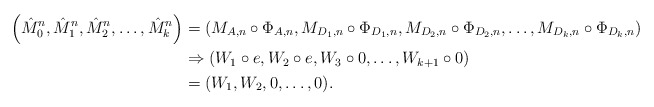
\begin{align*}\left(\hat{M}_0^{n},\hat{M}_1^{n},\hat{M}_2^{n}, \ldots, \hat{M}_k^{n}\right) &= \left(M_{A,n} \circ \Phi_{A,n},M_{D_1,n} \circ \Phi_{D_1,n}, M_{D_2,n} \circ \Phi_{D_2,n}, \ldots, M_{D_k,n} \circ \Phi_{D_k,n}\right) \\&\Rightarrow \left(W_1 \circ e, W_2 \circ e, W_3 \circ 0, \ldots, W_{k+1} \circ 0\right) \\&= (W_1,W_2,0, \ldots, 0). \end{align*}